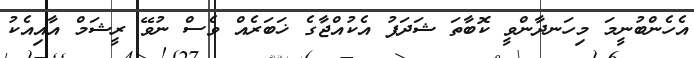
އެހެންބުނީމަ މިހަނދާންވީ ކޮބާތަ ޝަދަފު އެކުއްޖާގެ ޚަބަރެއް ވެސް ނުވޭ ރީޝަމް އާއިއެކު